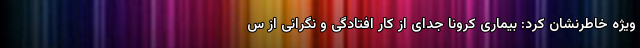
ویژه خاطرنشان کرد: بیماری کرونا جدای از کار افتادگی و نگرانی از س